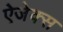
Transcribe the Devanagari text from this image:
ऐजेक्स